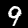
Label: 9